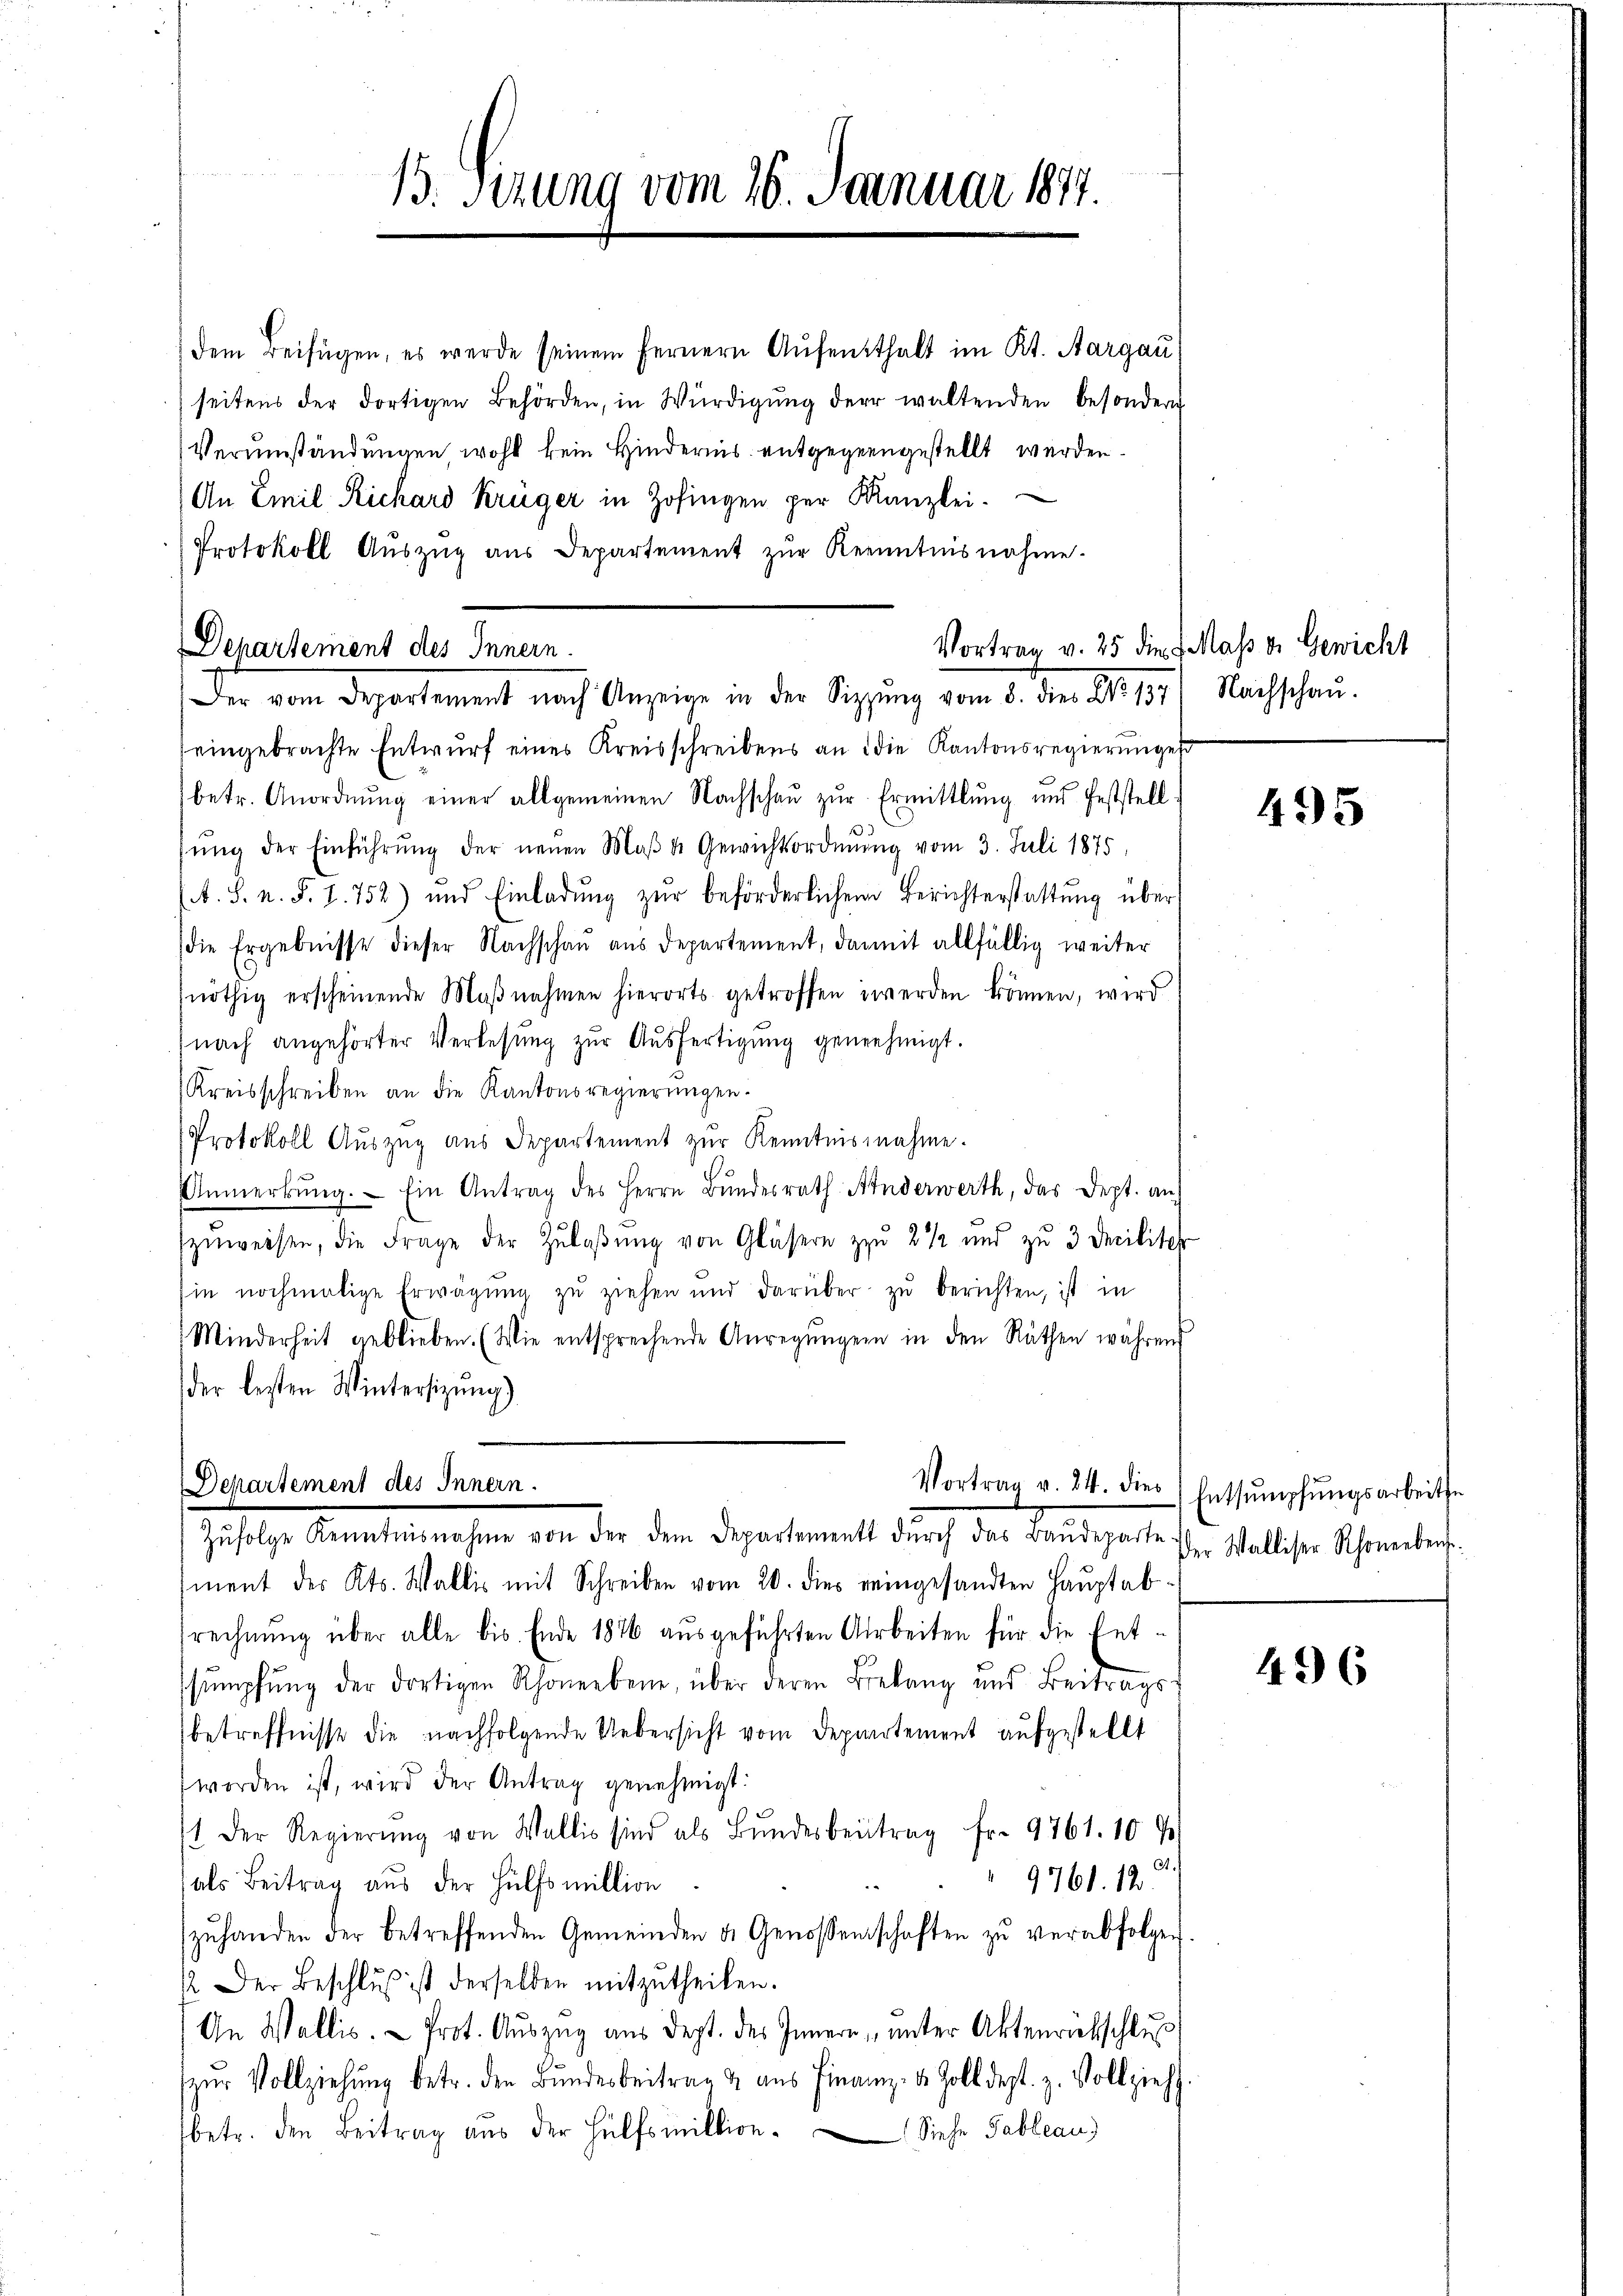
15. Sizung vom 26. Januar 1877.

dem Beifügen, es werde seinem fernern Aufenthalt im Kt. Aargau,
seitens der dortigen Behörden, in Würdigŭng der waltenden besondern
Verumständungen wohl kein Hindernis entgegengestellt werden.
An Emil Richard Krüger in Zofingen per Kanzlei.
Protokoll Aŭszŭg aŭs Departement zŭr Kenntnisnahme.
eingebrachte Entwŭrf eines Kreisschreibens an die Kantonsregierungen
betr. Anordnŭng einer allgemeinen Nachschaŭ zŭr Ermittlung und feststell-
.
sŭng der Einführŭng der neŭen Maβ u. Gewichtsordnung vom 3. Juli 1875,
A. S. n. F. I. 752) und Einladung zur beförderlichem Berichterstattung über
die Ergebnisse dieser Nachschaŭ aus departement, damit allfällig weiter
(nöthig erscheinende Maβnahmen hierorts getroffen werden können, wird
nach angehörter Verlesung zŭr Aŭsfertigŭng genehmigt.
Kreisschreiben an die Kantonsregierŭngen.
Protokoll Auszug aus Departement zŭr Kenntnisnahme.
Anmerkŭng. Ein Antrag des Herrn Bŭndesrath Anderwerth, das Dept. an
zŭweisen, die Frage der Zŭlaβŭng von Gläsern zu 2 1/2 und zŭ 3 Decilisch
in nochmalige Erwägŭng zŭ ziehen und darüber zŭ berichten, ist in
Minderheit geblieben. (Wie entsprechende Anregŭngen in den Räthen während
der besten Wintersitzung)

Departement des Innern.
Der vom Departement nach Anzeige in der Sippung vom 2. den 20.15.) Nachschau.

Departement des Innern.
Zŭfolge Kenntnisnahme von der dem Departement dŭrch das Baŭdeparte

Vortrag v. 25 die Mass v. Gewicht

ment des Kts. Wallis mit Schreiben vom 20. dies reingesandten Hauptabsrechnung über alle bis Ende 1876 ausgeführten Arbeiten für die Ent-
schŭmpfŭng der dortigen Rhonerbene, über deren Belang und Beitrags-
betreffnisse die nachfolgende Uebersicht vom Departement aufgestellt
worden ist, wird der Antrag genehmigt:
t der Regierŭng von Wallis sind als Bŭndesbeitrag Fr. 9761. 10 %
als Beitrag aus der Hülfsmillion
9761. 12.
zŭhanden der betreffenden Gemeinden d. Genossenschaften zŭ verabfolgen
. Der Beschlŭβ ist derselben mitzutheilen.
In Wallis. Prot. Auszug aus Dept. des Innern, unter Aktenrückschluß
zŭr Vollziehung betr. den Bŭndesbeitrag & aus Finanz- u. Zoll dest. z. Vollzieh
betr. den Beitrag aŭs der Hülfsmiktion. Siehe Tableau,

495

Vortrag v. 24. die Entsumpfŭngsarbeitse
Der Walliser Rhonenberg.

496